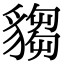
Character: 𧳹